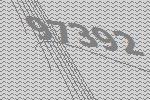
97392